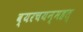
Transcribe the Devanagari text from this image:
व्यरचयन्महत्